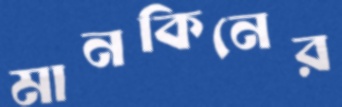
মানকিনের